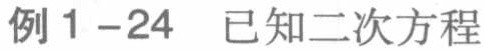
例1-24 已知二次方程